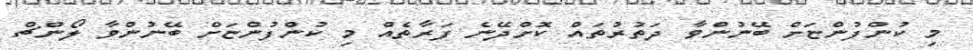
މި ކުންފުންޏަށް ބޭނުންވާ ދަތުރުތައް ކޮށްދޭނެ ފަރާތެއް މި ކުންފުންޏަށް ބޭނުންވާ ލޯންޗް